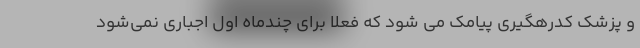
و پزشک کدرهگیری پیامک می شود که فعلا برای چندماه اول اجباری نمی‌شود